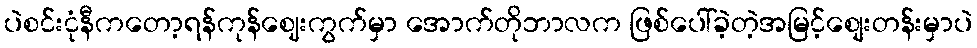
ပဲစင်းငုံနီကတော့ရန်ကုန်ဈေးကွက်မှာ အောက်တိုဘာလက ဖြစ်ပေါ်ခဲ့တဲ့အမြင့်စျေးတန်းမှာပဲ